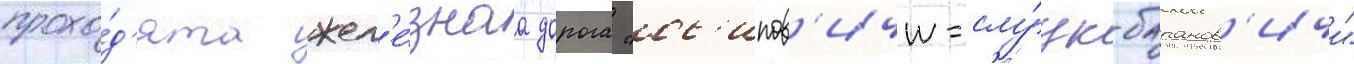
прохо́д'ят жел'е́знаа дорога "ос'ипов'ичи-слу́цк-баранов'ичи"